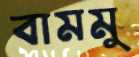
বামমু